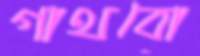
গাথবো